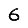
Digit: 6